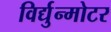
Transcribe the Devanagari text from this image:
विर्द्युन्मोटर